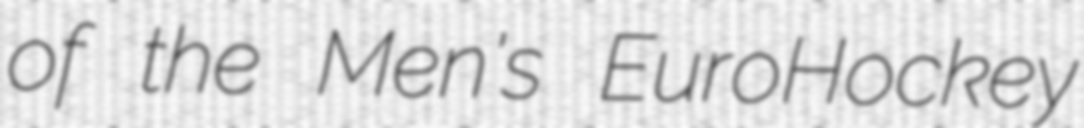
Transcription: of the Men's EuroHockey